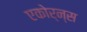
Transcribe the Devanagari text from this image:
एकोर्न्स